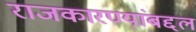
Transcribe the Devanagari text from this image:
राजकारण्यांबद्दल